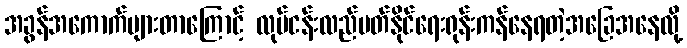
အခွန်အကောက်များတာကြောင့် လုပ်ငန်းလည်ပတ်နိုင်ရေးရုန်းကန်နေရတဲ့အခြေအနေလို့